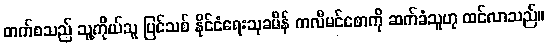
တက်စသည် သူ့ကိုယ်သူ ပြင်သစ် နိုင်ငံရေးသုခမိန် ကလီမင်စောကို ဆက်ခံသူဟု ထင်လာသည်။